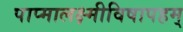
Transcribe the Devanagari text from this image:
पाप्मालक्ष्मीविषापहम्